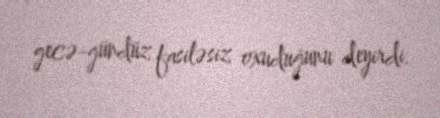
gecə-gündüz fasiləsiz oxuduğunu deyirdi.